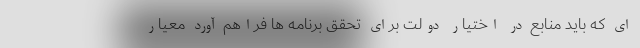
ای که باید منابع در اختیار دولت برای تحقق برنامه ها فراهم آورد معیار